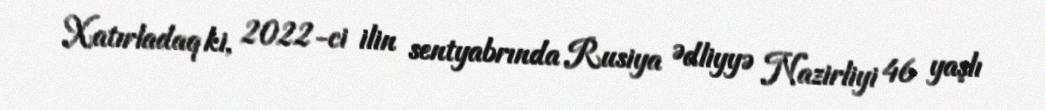
Xatırladaq ki, 2022-ci ilin sentyabrında Rusiya Ədliyyə Nazirliyi 46 yaşlı